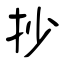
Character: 抄